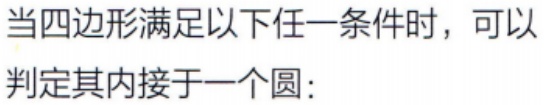
当四边形满足以下任一条件时，可以判定其内接于一个圆：